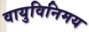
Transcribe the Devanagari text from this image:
वायुविनिमय